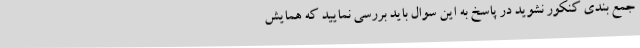
جمع بندی کنکور نشوید در پاسخ به این سوال باید بررسی نمایید که همایش